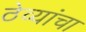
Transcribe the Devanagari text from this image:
ठेव्यांचा